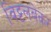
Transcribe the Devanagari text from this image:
विट्टलबेकर